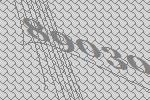
89030